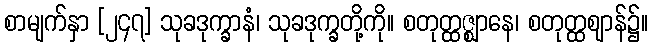
စာမျက်နှာ [၂၄၇] သုခဒုက္ခာနံ၊ သုခဒုက္ခတို့ကို။ စတုတ္ထဇ္ဈာနေ၊ စတုတ္ထဈာန်၌။